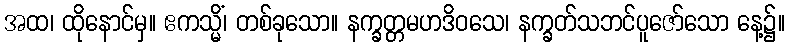
အထ၊ ထိုနောင်မှ။ ဧကသ္မိံ၊ တစ်ခုသော။ နက္ခတ္တမဟဒိဝသေ၊ နက္ခတ်သဘင်ပူဇော်သော နေ့၌။